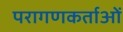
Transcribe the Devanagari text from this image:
परागणकर्ताओं